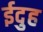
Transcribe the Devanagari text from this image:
ईदुह